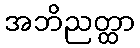
အဘိညတ္ထာ